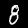
Label: 8